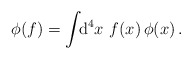
\begin{align*}\phi(f) = \int\!\!{\rm d}^4x \,\,f(x)\,\phi(x)\,.\end{align*}